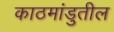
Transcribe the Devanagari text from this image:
काठमांडुतील